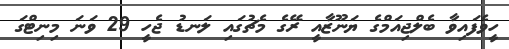
ހީވެފައިވާ ބެލްޖިއަމްގެ ޔަނޫޒާއީ ރޭގެ މެޗުގައި ލަނޑު ޖެހީ 29 ވަނަ މިނިޓްގަ